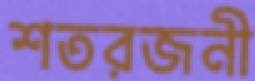
শতরজনী